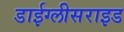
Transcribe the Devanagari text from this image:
डाईग्लीसराइड